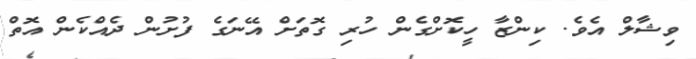
ވިޝާލް އެވެ. ކިންޒާ ހީކޮށްގެން ހުރި ގޮތަށް އޭނަގެ ފުށުން ދެއްކެން އޮތް